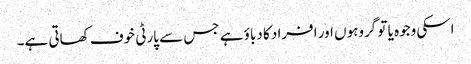
اسکی وجوہ یا تو گروہوں اور افراد کا دباؤ ہے جس سے پارٹی خوف کھاتی ہے۔